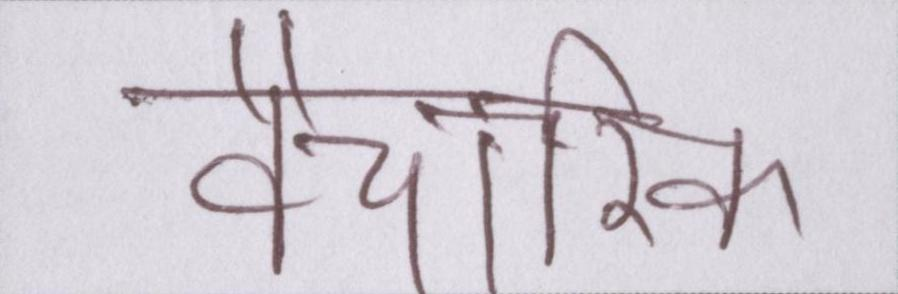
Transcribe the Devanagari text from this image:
वैचारिक